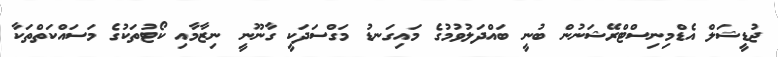
ޖުޑީޝަލް އެޑްމިނިސްޓްރޭޝަނުން ބުނީ ބައްދަލުވުމުގެ މައިގަނޑު މަގްސަދަކީ ގާނޫނީ ނިޒާމާއި ކޯޓުތަކުގެ މަސައްކަތްތަކާ